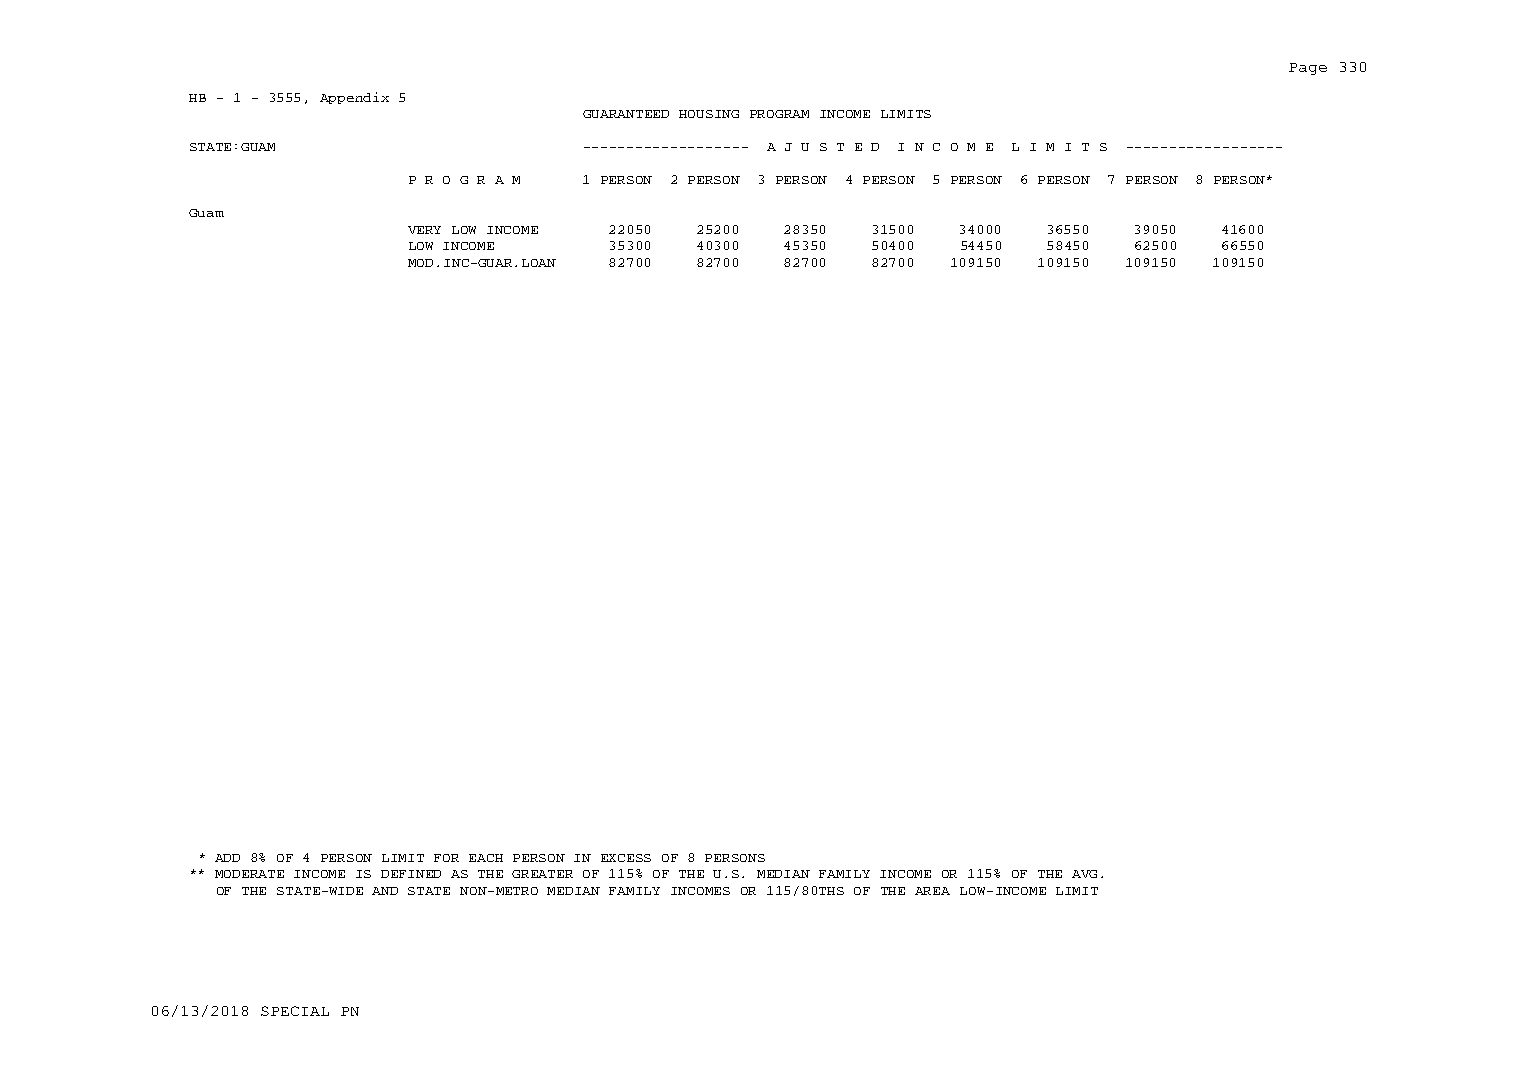
Page 330
 HB - 1 - 3555, Appendix 5
 GUARANTEED HOUSING PROGRAM INCOME LIMITS
 STATE:GUAM                ------------------- A J U S T E D I N C O M E L I M I T S ------------------
 P R O G R A M 1 PERSON 2 PERSON 3 PERSON 4 PERSON 5 PERSON 6 PERSON 7 PERSON 8 PERSON*
 Guam
 VERY LOW INCOME 22050 25200 28350 31500 34000 36550 39050 41600
 LOW INCOME    35300 40300 45350 50400 54450 58450 62500 66550
 MOD.INC-GUAR.LOAN 82700 82700 82700 82700 109150 109150 109150 109150
 * ADD 8% OF 4 PERSON LIMIT FOR EACH PERSON IN EXCESS OF 8 PERSONS
 ** MODERATE INCOME IS DEFINED AS THE GREATER OF 115% OF THE U.S. MEDIAN FAMILY INCOME OR 115% OF THE AVG.
 OF THE STATE-WIDE AND STATE NON-METRO MEDIAN FAMILY INCOMES OR 115/80THS OF THE AREA LOW-INCOME LIMIT
 06/13/2018 SPECIAL PN